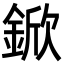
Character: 鍁